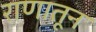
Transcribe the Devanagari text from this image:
राणातून